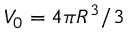
V _ { 0 } = 4 \pi R ^ { 3 } / 3